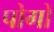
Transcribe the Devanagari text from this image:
पोगों